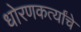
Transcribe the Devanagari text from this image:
धोरणकर्त्यांचे